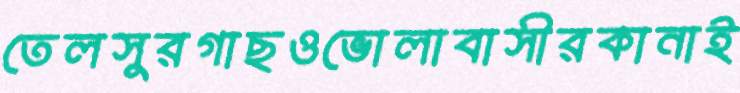
তেলসুরগাছওভোলাবাসীরকানাই